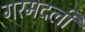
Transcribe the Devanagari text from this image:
गरमदली